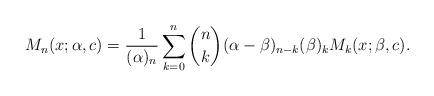
LaTeX: \begin{align*}M_{n}(x;\alpha,c)=\frac{1}{(\alpha)_n}\sum_{k=0}^{n}\binom{n}{k}(\alpha-\beta)_{n-k}(\beta)_kM_k(x;\beta,c).\end{align*}